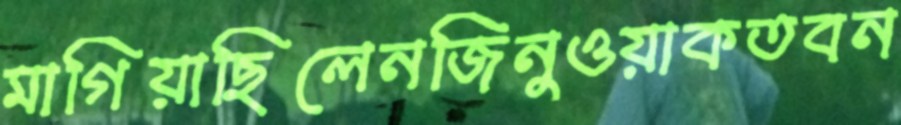
মাগিয়াছিলেনজিনুওয়াকতবন